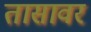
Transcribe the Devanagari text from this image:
तासावर